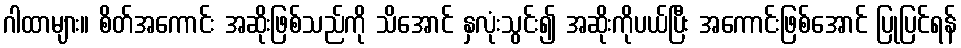
ဂါထာများ။ စိတ်အကောင်း အဆိုးဖြစ်သည်ကို သိအောင် နှလုံးသွင်း၍ အဆိုးကိုပယ်ပြီး အကောင်းဖြစ်အောင် ပြုပြင်ရန်